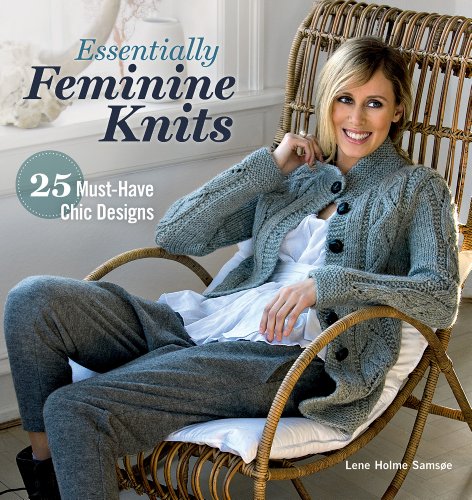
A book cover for Essentially Feminine Knits: 25 Must-Have Chic Designs; Lene Samsoe; Crafts, Hobbies & Home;